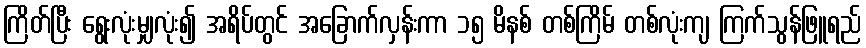
ကြိတ်ပြီး ရွေးလုံးမျှလုံး၍ အရိပ်တွင် အခြောက်လှန်းကာ ၁၅ မိနစ် တစ်ကြိမ် တစ်လုံးကျ ကြက်သွန်ဖြူရည်